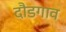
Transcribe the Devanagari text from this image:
दौडगाव